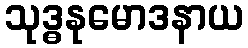
သုဒ္ဓနုမောဒနာယ